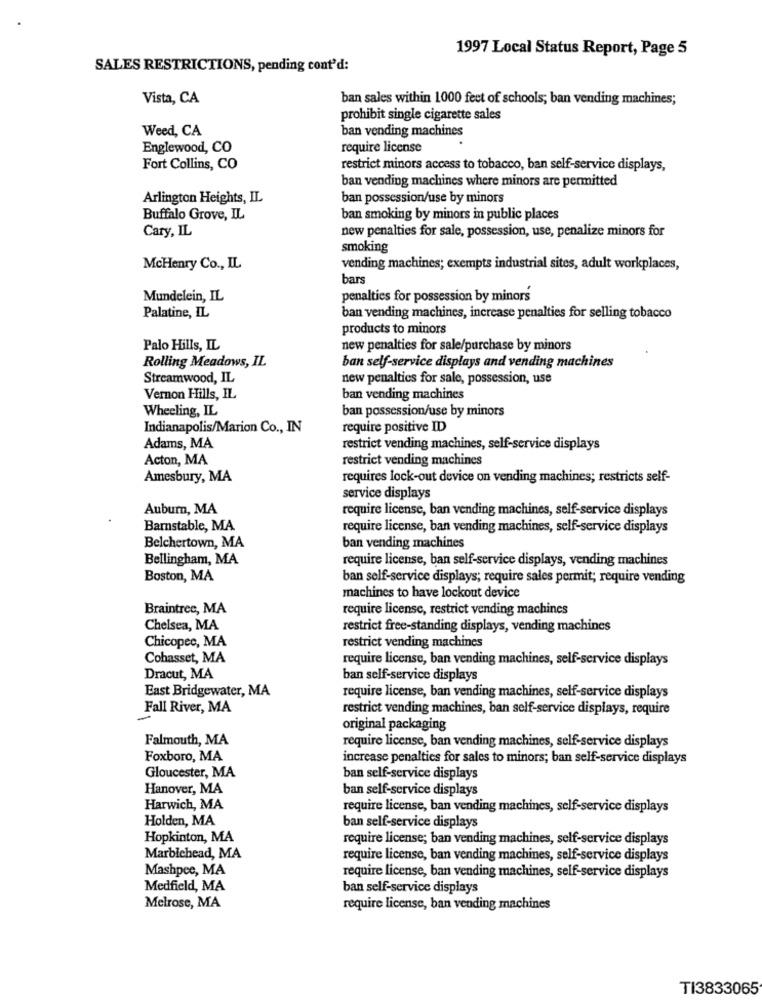
1997 Local Status Report, Page 5
SALES RESTRICTIONS, pending cont'd:
Vista, CA
ban sales within 1000 feet of schools; ban vending machines;
prohibit single cigarette sales
Weed, CA
ban vending machines
Englewood, CO
require license
Fort Collins, CO
restrict minors access to tobacco, ban self-service displays,
ban vending machines where minors are permitted
Arlington Heights, IL
ban possession/use by minors
Buffalo Grove, IL
ban smoking by minors in public places
Cary, IL
new penalties for sale, possession, use, penalize minors for
smoking
McHenry Co ., IL
vending machines; exempts industrial sites, adult workplaces,
bars
Mundelein, IL
penalties for possession by minors
Palatine, IL
ban vending machines, increase penalties for selling tobacco
products to minors
Palo Hills, IL
new penalties for sale/purchase by minors
Rolling Meadows, IL
ban self-service displays and vending machines
Streamwood, IL
new penaltics for sale, possession, use
Vernon Hills, IL
ban vending machines
Wheeling, IL
ban possession/use by minors
Indianapolis/Marion Co ., IN
require positive ID
Adams, MA
restrict vending machines, self-service displays
Acton, MA
restrict vending machines
Amesbury, MA
requires lock-out device on vending machines; restricts self-
service displays
Auburn, MA
require license, ban vending machines, self-service displays
Barnstable, MA
require license, ban vending machines, self-service displays
Belchertown, MA
ban vending machines
Bellingham, MA
require license, ban self-service displays, vending machines
Boston, MA
ban self-service displays; require sales permit; require vending
machines to have lockout device
Braintree, MA
require license, restrict vending machines
Chelsea, MA
restrict free-standing displays, vending machines
Chicopee, MA
restrict vending machines
Cohasset, MA
require license, ban vending machines, self-service displays
Dracut, MA
ban self-service displays
East Bridgewater, MA
require license, ban vending machines, self-service displays
Fall River, MA
restrict vending machines, ban self-service displays, require
original packaging
Falmouth, MA
require license, ban vending machines, self-service displays
Foxboro, MA
increase penalties for sales to minors; ban self-service displays
Gloucester, MA
ban self-service displays
Hanover, MA
ban self-service displays
Harwich, MA
require license, ban vending machines, self-service displays
Holden, MA
ban self-service displays
Hopkinton, MA
require license; ban vending machines, self-service displays
Marblehead, MA
require license, ban vending machines, self-service displays
Mashpee, MA
require license, ban vending machines, self-service displays
Medfield, MA
ban self-service displays
Melrose, MA
require license, ban vending machines
TI3833065